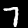
Digit: 7